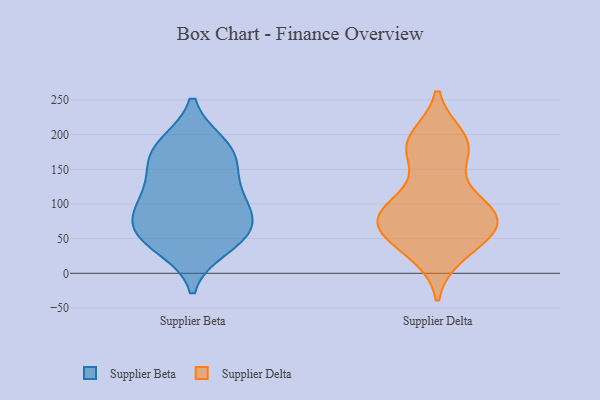
{"axis": {"x": "Shipments", "y": "Value"}, "legend": ["Supplier Beta", "Supplier Delta"], "data": [{"x": "", "y": 160, "type": "Supplier Beta"}, {"x": "", "y": 184, "type": "Supplier Beta"}, {"x": "", "y": 168, "type": "Supplier Beta"}, {"x": "", "y": 57, "type": "Supplier Beta"}, {"x": "", "y": 49, "type": "Supplier Beta"}, {"x": "", "y": 60, "type": "Supplier Beta"}, {"x": "", "y": 107, "type": "Supplier Beta"}, {"x": "", "y": 38, "type": "Supplier Beta"}, {"x": "", "y": 185, "type": "Supplier Beta"}, {"x": "", "y": 131, "type": "Supplier Beta"}, {"x": "", "y": 77, "type": "Supplier Beta"}, {"x": "", "y": 85, "type": "Supplier Beta"}, {"x": "", "y": 106, "type": "Supplier Beta"}, {"x": "", "y": 178, "type": "Supplier Delta"}, {"x": "", "y": 70, "type": "Supplier Delta"}, {"x": "", "y": 108, "type": "Supplier Delta"}, {"x": "", "y": 177, "type": "Supplier Delta"}, {"x": "", "y": 181, "type": "Supplier Delta"}, {"x": "", "y": 97, "type": "Supplier Delta"}, {"x": "", "y": 190, "type": "Supplier Delta"}, {"x": "", "y": 59, "type": "Supplier Delta"}, {"x": "", "y": 71, "type": "Supplier Delta"}, {"x": "", "y": 71, "type": "Supplier Delta"}, {"x": "", "y": 87, "type": "Supplier Delta"}, {"x": "", "y": 97, "type": "Supplier Delta"}, {"x": "", "y": 29, "type": "Supplier Delta"}, {"x": "", "y": 61, "type": "Supplier Delta"}, {"x": "", "y": 32, "type": "Supplier Delta"}, {"x": "", "y": 194, "type": "Supplier Delta"}, {"x": "", "y": 78, "type": "Supplier Delta"}]}